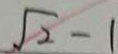
\sqrt { 2 } - 1